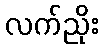
လက်ညိုး